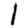
Digit: 1